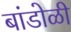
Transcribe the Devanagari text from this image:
बांडोळी